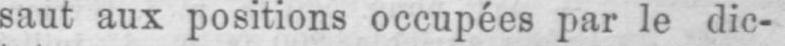
saut aux positions occupées par le dic-